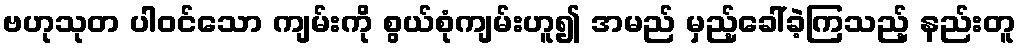
ဗဟုသုတ ပါဝင်သော ကျမ်းကို စွယ်စုံကျမ်းဟူ၍ အမည် မှည့်ခေါ်ခဲ့ကြသည့် နည်းတူ